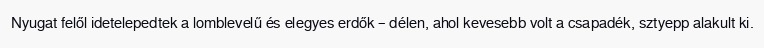
Nyugat felől idetelepedtek a lomblevelű és elegyes erdők – délen, ahol kevesebb volt a csapadék, sztyepp alakult ki.